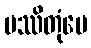
ပဿိတုံပေ